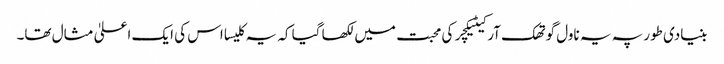
بنیادی طور پہ یہ ناول گوتھک آرکیٹیکچر کی محبت میں لکھا گیا کہ یہ کلیسا اس کی ایک اعلیٰ مثال تھا۔